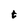
Character: t